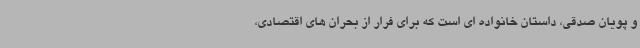
و پویان صدقی، داستان خانواده ای است که برای فرار از بحران های اقتصادی،